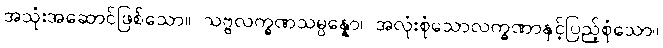
အသုံးအဆောင်ဖြစ်သော။ သဗ္ဗလက္ခဏသမ္ပန္နော၊ အလုံးစုံသောလက္ခဏာနှင့်ပြည့်စုံသော။